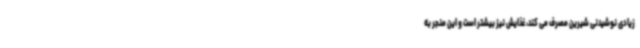
زیادی نوشیدنی شیرین مصرف می کند، غذایش نیز بیشتر است و این منجر به